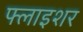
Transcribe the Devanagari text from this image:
फ्लाइशर